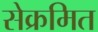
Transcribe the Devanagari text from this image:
सेक्रमित